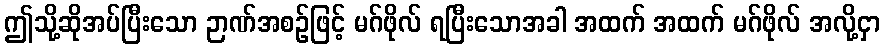
ဤသို့ဆိုအပ်ပြီးသော ဉာဏ်အစဉ်ဖြင့် မဂ်ဖိုလ် ရပြီးသောအခါ အထက် အထက် မဂ်ဖိုလ် အလို့ငှာ